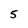
Character: 5